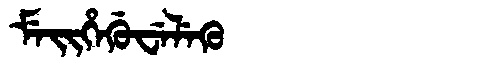
Manchu: ᠮᡝᡳᡥᡝᡤᡠᠸᡝᠯᡝᡴᡠ
Romanization: MEIHEGUWELEKU